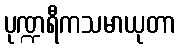
ပုဏ္ဍရီကသမာယုတာ